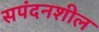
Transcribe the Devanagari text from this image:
सपंदनशील